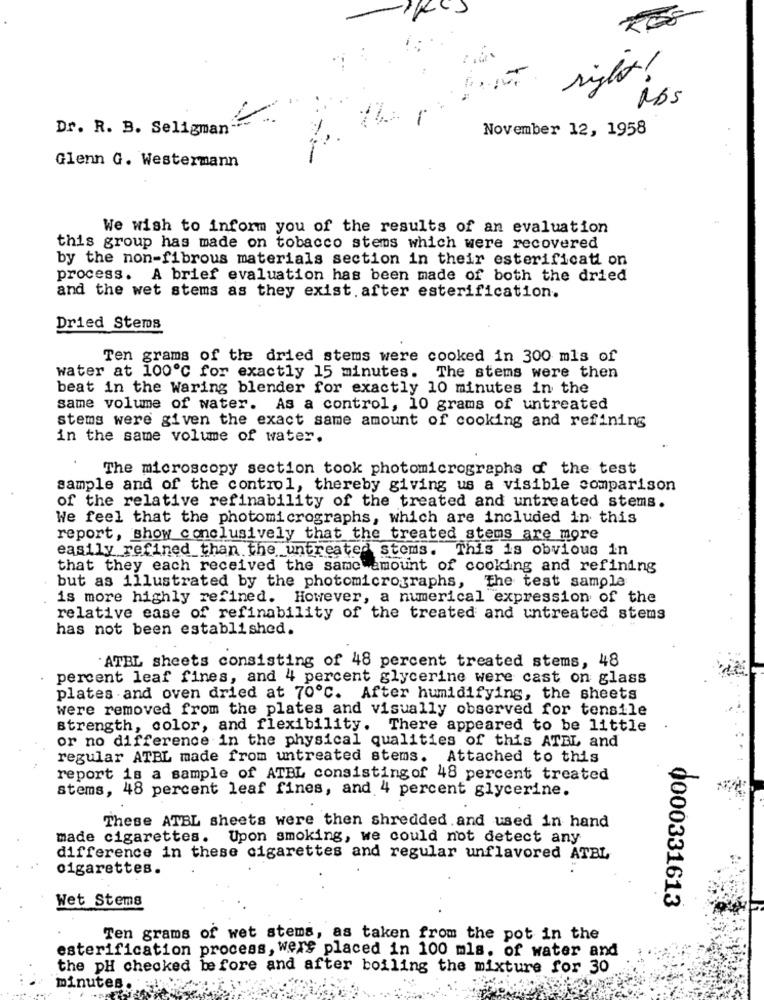
siglo !
MBS
Dr. R. B. Seligman --
November 12, 1958
Glenn G. Westermann
We wish to inform you of the results of an evaluation
this group has made on tobacco stems which were recovered
by the non-fibrous materials section in their esterificati on
process. A brief evaluation has been made of both the dried
and the wet stems as they exist. after esterification.
Dried Stems
Ten grams of the dried stems were cooked in 300 mls of
water at 100℃ for exactly 15 minutes. The stems were then
beat in the Waring blender for exactly 10 minutes in the
same volume of water. As a control, 10 grams of untreated
stems were given the exact same amount of cooking and refining
in the same volume of water.
The microscopy section took photomicrographs of the test
sample and of the control, thereby giving us a visible comparison
of the relative refinability of the treated and untreated stems.
We feel that the photomicrographs, which are included in this
report, show conclusively that the treated stems are more
easily refined than the untreated stems. This is obvious in
that they each received the same amount of cooking and refining
but as illustrated by the photomicrographs, The test sample
is more highly refined. However, a numerical expression of the
relative ease of refinability of the treated and untreated stems
has not been established.
ATBL sheets consisting of 48 percent treated stems, 48
percent leaf fines, and 4 percent glycerine were cast on glass
plates and oven dried at 70℃. After humidifying, the sheets
were removed from the plates and visually observed for tensile
strength, color, and flexibility. There appeared to be little
or no difference in the physical qualities of this ATEL and
regular ATBL made from untreated stems. Attached to this
report is a sample of ATBL consistingof 48 percent treated
stems, 48 percent leaf fines, and 4 percent glycerine.
These ATBL sheets were then shredded. and used in hand
made cigarettes. Upon smoking, we could not detect any
difference in these cigarettes and regular unflavored ATBL
cigarettes.
Wet Stems
0000331613
Ten grams of wet stems, as taken from the pot in the
esterification process, wers placed in 100 mls. of water and
the pH checked before and after boiling the mixture for 30
minutes